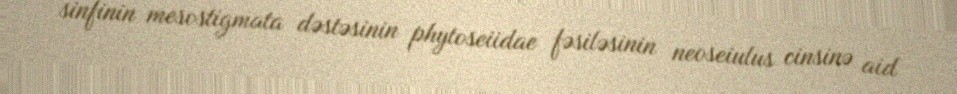
sinfinin mesostigmata dəstəsinin phytoseiidae fəsiləsinin neoseiulus cinsinə aid